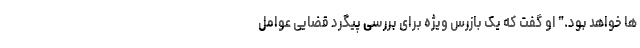
ها خواهد بود." او گفت که یک بازرس ویژه برای بررسی پیگرد قضایی عوامل